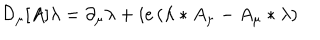
{ \cal D } _ { \mu } [ A ] \lambda = \partial _ { \mu } \lambda + i e \left( \lambda * A _ { \mu } - A _ { \mu } * \lambda \right)